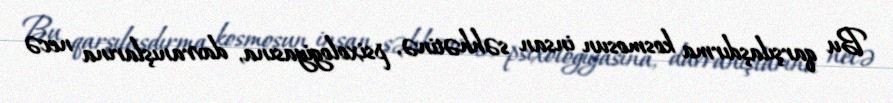
Bu qarşılaşdırma kosmosun insan səhhətinə, psixologiyasına, davranışlarına necə